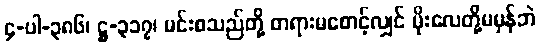
၄-ပါ-၃၈၆၊ ဋ္ဌ-၃၁၇၊ မင်းစသည်တို့ တရားမစောင့်လျှင် မိုးလေတို့မမှန်ဘဲ